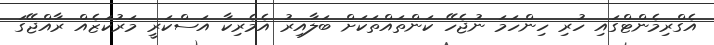
އެގްރިމެންޓްގައި ހުރި ހިންހަމަ ނުޖެހޭ ކަންތައްތަކަށް ބަލާއިރު އެމެރިކާ އަސްކަރީ މަރުކަޒެއް ރާއްޖޭގަ